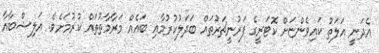
އެދަނީ އަލަތު ކައިވެންޏަށް ކޮޓަރީގެ ފަރުނީޗަރުތައް ބަދަލުކުރުމާއި ބައެއް މަރާމާތުތައް ކުރުމަށެވެ. އަލިޝްބާއާ